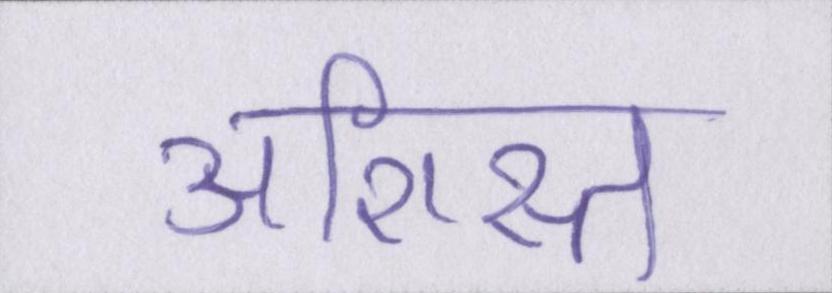
अशिस्त